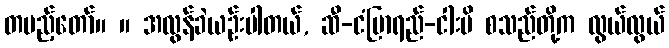
တပည့်တော်။ ။ အလွန်ခဲယဉ်းပါတယ်, ဆီ-ငံပြာရည်-ငါးပိ စသည်တို့က လွယ်လွယ်